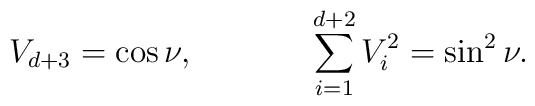
V_{d+3}=\cos\nu,\hspace{1.5cm}    \sum_{i=1}^{d+2}V_i^2=\sin^2\nu.